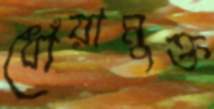
ধোঁয়ামুক্ত